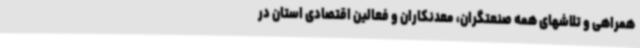
همراهی و تلاشهای همه صنعتگران، معدنکاران و فعالین اقتصادی استان در